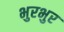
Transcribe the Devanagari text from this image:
भुरभुर